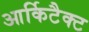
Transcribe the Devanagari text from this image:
आर्किटैक्ट